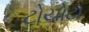
ટોયોટા